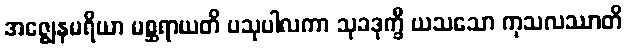
အဇ္ဈေနမရိယာ မစ္ဆရာယတိ ပသုပါလကာ သုခဒုက္ခီ ယသသော ကုသလဿာတိ